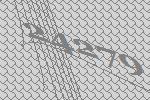
24279